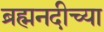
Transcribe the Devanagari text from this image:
ब्रह्मनदीच्या